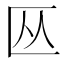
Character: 𫧏